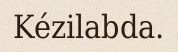
Kézilabda.